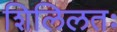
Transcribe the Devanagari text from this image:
शिलिलतः